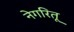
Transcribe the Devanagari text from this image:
नेगरितू